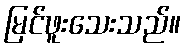
မြင်ဖူးသေးသည်။